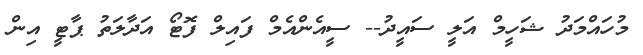
މުހައްމަދު ޝަހީމް އަލީ ސައީދު-- ސީއެންއެމް ފައިލް ފޮޓޯ އަދާލަތު ޕާޓީ އިން